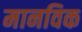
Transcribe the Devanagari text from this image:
मानविक